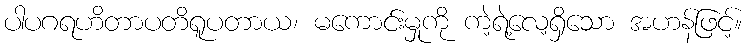
ပါပဂရဟိတာပတိရူပတာယ၊ မကောင်းမှုကို ကဲ့ရဲ့လေ့ရှိသော အဟန်ဖြင့်။